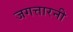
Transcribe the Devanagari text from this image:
जगत्तारनी